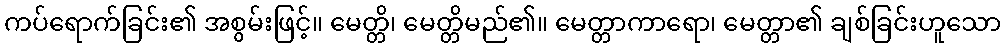
ကပ်ရောက်ခြင်း၏ အစွမ်းဖြင့်။ မေတ္တိ၊ မေတ္တိမည်၏။ မေတ္တာကာရော၊ မေတ္တာ၏ ချစ်ခြင်းဟူသော